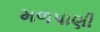
મળપાણી